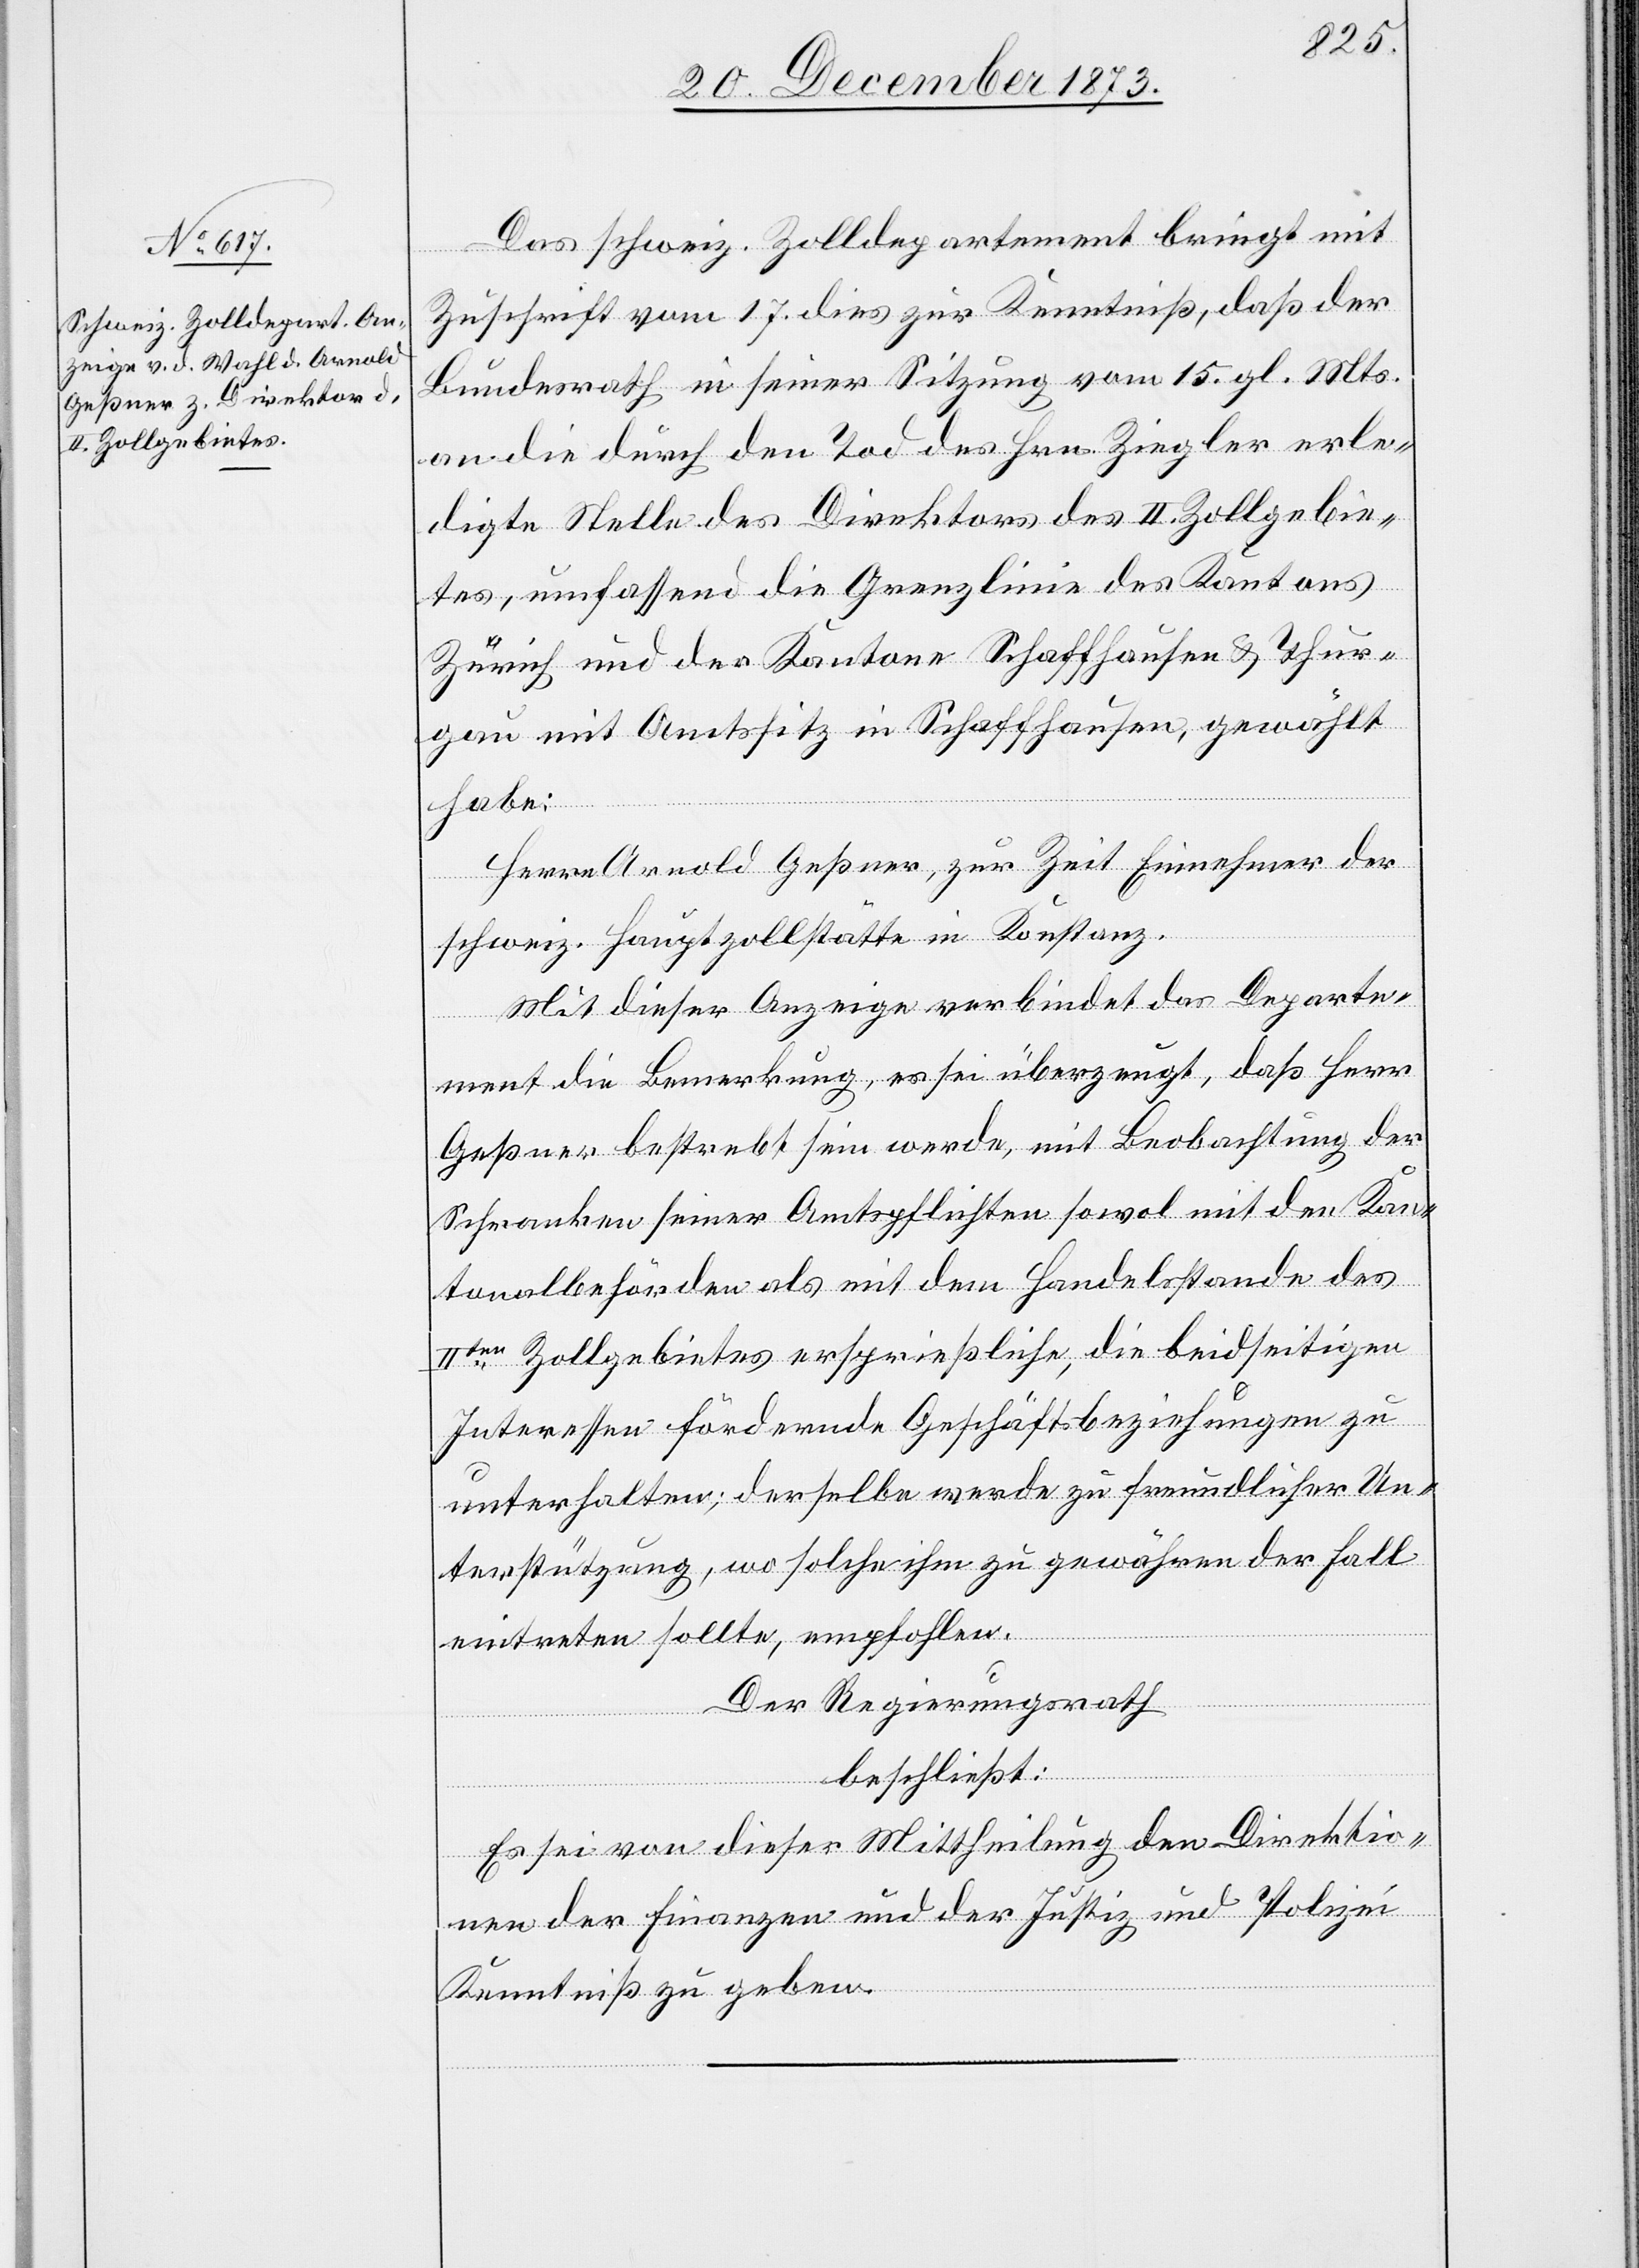
Das schweiz. Zolldepartement bringt mit
Zuschrift vom 17. dies zur Kenntniß, daß der
Bundesrath in seiner Sitzung vom 15. gl. Mts.
an die durch den Tod des Hrn. Ziegler erle¬
digte Stelle des Direktors des II. Zollgebie¬
tes, umfassend die Grenzlinie des Kantons
Zürich und der Kantone Schaffhausen & Thur¬
gau mit Amtssitz in Schaffhausen, gewählt
habe:
Herrn Arnold Geßner, zur Zeit Einnehmer der
schweiz. Hauptzollstätte in Konstanz.
Mit dieser Anzeige verbindet das Departe¬
ment die Bemerkung, es sei überzeugt, daß Herr
Geßner bestrebt sein werde, mit Beobachtung der
Schranken seiner Amtspflichten sowol mit den Kan¬
tonalbehörden als mit dem Handelsstande des
IIten Zollgebietes ersprießliche, die beidseitigen
Interessen fördernde Geschäftsbeziehungen zu
unterhalten; derselbe werde zu freundlicher Un¬
terstützung, wo solche ihm zu gewähren der Fall
eintreten sollte, empfohlen.
Der Regierungsrath
beschließt:
Es sei von dieser Mittheilung den Direktio¬
nen der Finanzen und der Justiz und Polizei
Kenntniß zu geben.